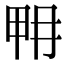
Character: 𤱋